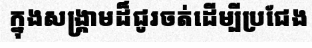
ក្នុងសង្គ្រាមដ៏ជូរចត់ដើម្បីប្រជែង